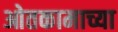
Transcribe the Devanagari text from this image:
ओतकामाच्या